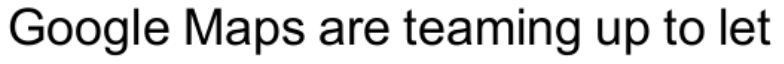
Google Maps are teaming up to let